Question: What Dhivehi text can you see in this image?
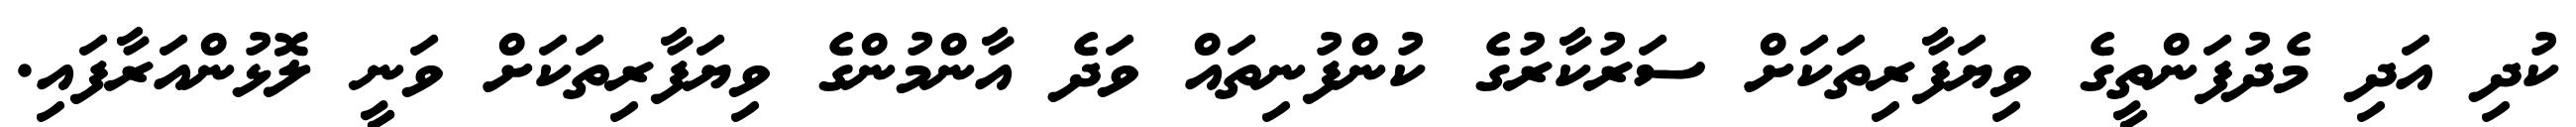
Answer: ކުދި އަދި މެދުފަންތީގެ ވިޔަފާރިތަކަށް ސަރުކާރުގެ ކުންފުނިތައް ވަދެ އާންމުންގެ ވިޔަފާރިތަކަށް ވަނީ ލޮޅުންއަރާފައި.